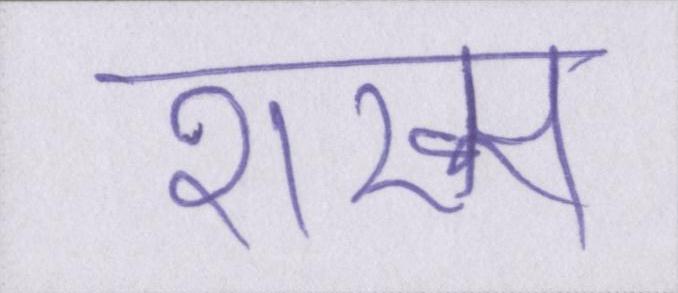
शख्स